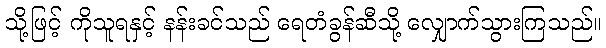
သို့ဖြင့် ကိုသူရနှင့် နန်းခင်သည် ရေတံခွန်ဆီသို့ လျှောက်သွားကြသည်။